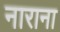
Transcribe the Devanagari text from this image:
नाराना